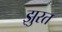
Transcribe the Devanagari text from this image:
झुरत